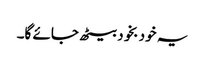
یہ خود بخود بیٹھ جائے گا۔